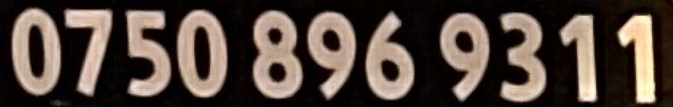
0750 896 9311